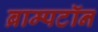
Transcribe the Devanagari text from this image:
ब्राम्पटॉन